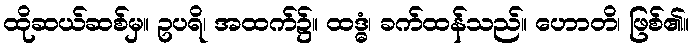
ထိုဆယ်ဆစ်မှ။ ဥပရိ၊ အထက်၌။ ထဒ္ဓံ၊ ခက်ထန်သည်။ ဟောတိ၊ ဖြစ်၏။